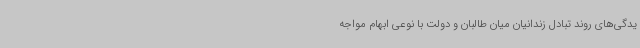
یدگی‌های روند تبادل زندانیان میان طالبان و دولت با نوعی ابهام مواجه